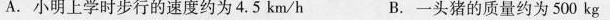
A.小明上学时步行的速度约为4.5km/h B.一头猪的质量约为500kg